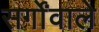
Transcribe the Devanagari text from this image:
सर्गोंवाले